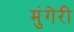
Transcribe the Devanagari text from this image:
मुंगेरी